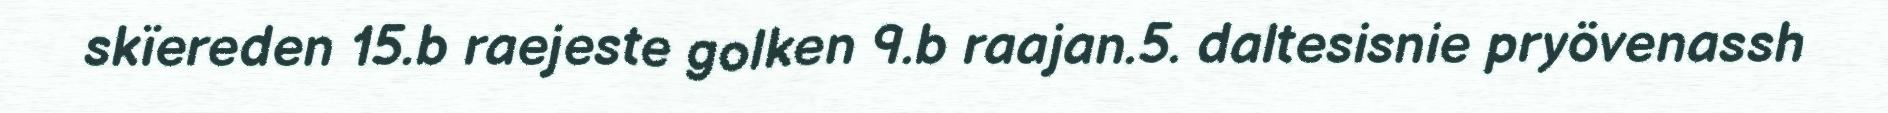
skïereden 15.b raejeste golken 9.b raajan.5. daltesisnie pryövenassh